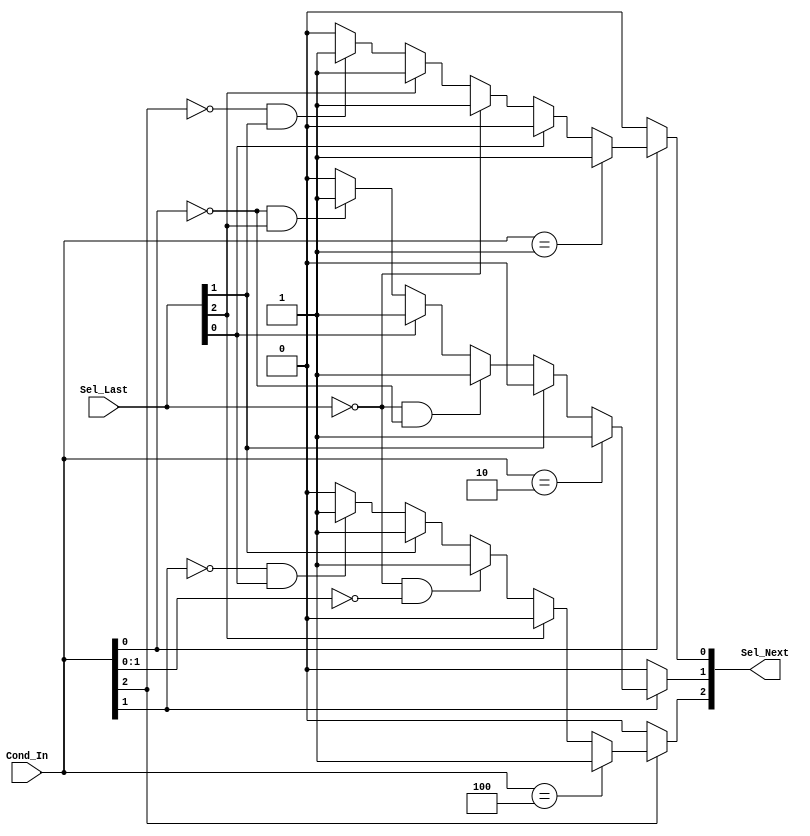
module Adaptive_Mux #(parameter DW = 3,MODE = 0)
      (
       input  [DW-1:0]  Cond_In  ,  //active high
       input  [DW-1:0]  Sel_Last ,  //active high ǰѡ
       output [DW-1:0]  Sel_Next    //active high ѡѡеĶӦΪ1λΪ0
      );
      


      
wire [DW-1:0] Cond_In_Shift   [0:DW-1];
wire [DW-1:0] Sel_Last_Shift  [0:DW-1];
wire [DW-3:0] Cond_In_Is_Zero [0:DW-1];

reg  [DW-1:0] Sel_Next_R              ;            

genvar        gv1,gv2                 ;

generate
begin
  for(gv1=0;gv1<DW;gv1=gv1+1)
  begin:gv_1
  
    if(gv1 ==0) //0λ
    begin
      assign Cond_In_Shift[gv1]  = Cond_In ;
      assign Sel_Last_Shift[gv1] = Sel_Last;
    end  
    else        //gv1λ
    begin
      assign Cond_In_Shift[gv1]  = {Cond_In[gv1-1:0],Cond_In[DW-1:gv1]}  ;
      assign Sel_Last_Shift[gv1] = {Sel_Last[gv1-1:0],Sel_Last[DW-1:gv1]};
    end  
      
    for(gv2=1;gv2<(DW-1);gv2=gv2+1)
    begin:gv_2
      assign Cond_In_Is_Zero[gv1][gv2-1] = ~(|Cond_In_Shift[gv1][DW-1:gv2+1])&Sel_Last_Shift[gv1][gv2];
    end
    
    if(gv1==0)
      always @(*)
      begin
        if(Cond_In[gv1] == 1)
        begin
          if(Cond_In == (2**gv1))
            Sel_Next_R[gv1] = 1;
          else if(Sel_Last[gv1] == 1)  
            Sel_Next_R[gv1] = (MODE == 0)? 0:1;
          else if(Sel_Last == 0 ) 
            Sel_Next_R[gv1] = 1;
          else if(Sel_Last[DW-1]==1)
          begin 
            if(MODE == 0)
              Sel_Next_R[gv1] = 1;
            else
              Sel_Next_R[gv1] = (Cond_In[DW-1] == 0)?1:0;
          end  
          else if((|Cond_In_Is_Zero[gv1]) ==1)
          begin
            if(MODE == 0)
              Sel_Next_R[gv1] = 1;
            else
              Sel_Next_R[gv1] = ((Cond_In&Sel_Last)==0)?1:0;
          end  
          else
            Sel_Next_R[gv1] = 0;
        end    
        else
          Sel_Next_R[gv1] = 0;
      end 
    else
      always @(*)
      begin
        if(Cond_In[gv1] == 1)
        begin
          if(Cond_In == (2**gv1))
            Sel_Next_R[gv1] = 1;
          else if(Sel_Last[gv1] == 1)  
            Sel_Next_R[gv1] = (MODE == 0)? 0 :1;
          else if(Sel_Last == 0 && Cond_In[gv1-1:0] == 0) 
            Sel_Next_R[gv1] = 1;
          else if(Sel_Last[gv1-1]==1) 
          begin
            if(MODE == 0)
              Sel_Next_R[gv1] = 1;
            else
              Sel_Next_R[gv1] = (Cond_In[gv1-1] == 0)?1:0;
          end  
          else if((|Cond_In_Is_Zero[gv1]) ==1)
          begin
            if(MODE == 0)
              Sel_Next_R[gv1] = 1;
            else
              Sel_Next_R[gv1] = ((Cond_In&Sel_Last)==0)?1:0;
          end  
          else
            Sel_Next_R[gv1] = 0;
        end    
        else
          Sel_Next_R[gv1] = 0;
      end 
    
  end
end
endgenerate

assign  Sel_Next = Sel_Next_R;























   
endmodule